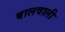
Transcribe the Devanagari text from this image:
बालवाली